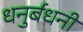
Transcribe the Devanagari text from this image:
धनुर्बधनी